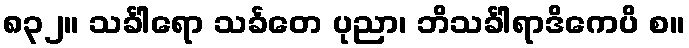
၈၃၂။ သင်္ခါရော သင်္ခတေ ပုညာ၊ ဘိသင်္ခါရာဒိကေပိ စ။